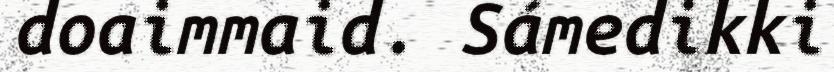
doaimmaid. Sámedikki